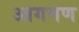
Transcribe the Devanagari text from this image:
आगमण